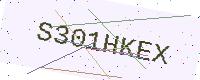
Text: S301HKEX